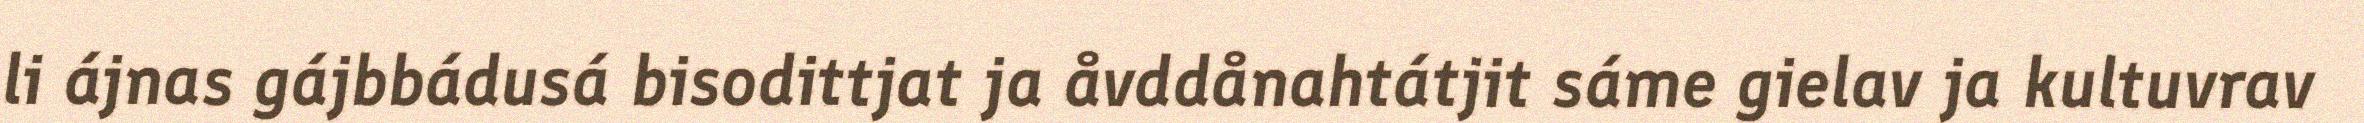
li ájnas gájbbádusá bisodittjat ja åvddånahtátjit sáme gielav ja kultuvrav